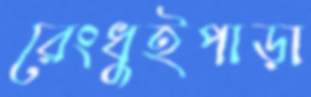
রেংধুইপাড়া